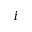
i